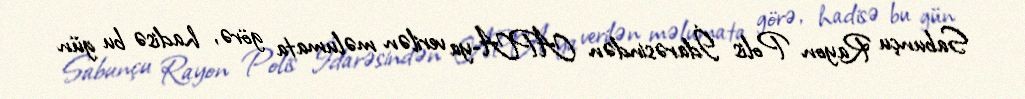
Sabunçu Rayon Polis İdarəsindən APA-ya verilən məlumata görə, hadisə bu gün